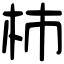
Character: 杮